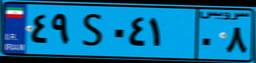
۹۳S۱۹۱۲۲